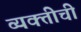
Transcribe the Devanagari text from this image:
व्यक्तीचीं